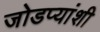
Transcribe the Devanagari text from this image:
जोडप्यांशी